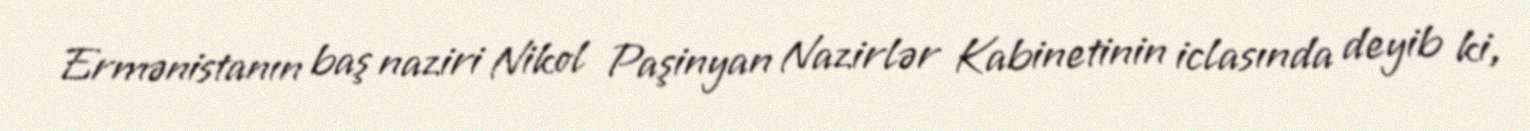
Ermənistanın baş naziri Nikol Paşinyan Nazirlər Kabinetinin iclasında deyib ki,